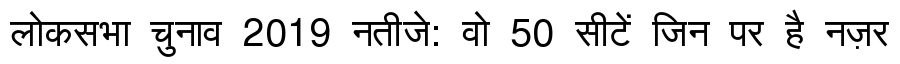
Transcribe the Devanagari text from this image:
लोकसभा चुनाव 2019 नतीजे: वो 50 सीटें जिन पर है नज़र